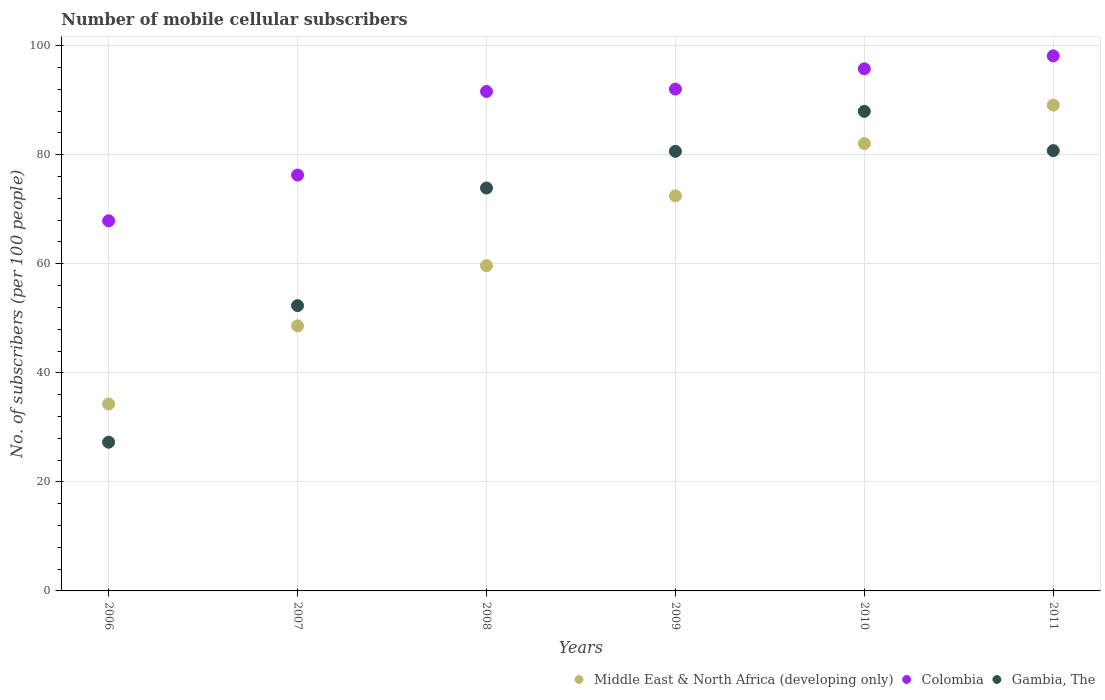
| Years | Middle East & North Africa (developing only) | Colombia | Gambia, The |
 | --- | --- | --- | --- |
 | 2006 | 34.3 | 67.9 | 27.3 |
 | 2007 | 48.6 | 76.3 | 52.3 |
 | 2008 | 59.7 | 91.6 | 73.9 |
 | 2009 | 72.5 | 92 | 80.6 |
 | 2010 | 82 | 95.8 | 88 |
 | 2011 | 89.1 | 98.1 | 80.8 |